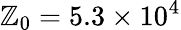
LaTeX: \mathbb{Z}_{0}=5.3\times10^{4}